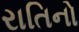
રાતિનો